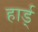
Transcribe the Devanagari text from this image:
हार्ड्